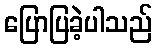
ပြောပြခဲ့ပါသည်